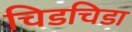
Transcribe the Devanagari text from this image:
चिडचिडा